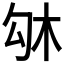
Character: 𠣛